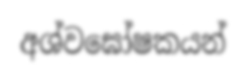
අශ්වඝෝෂකයන්